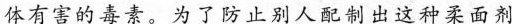
体有害的毒素。为了防止别人配制出这种柔面剂